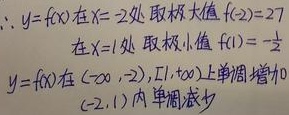
$\therefore y=f(x)$在$x=2$处取极大值$f(2)=27$\\
在$x=1$处取极小值$f(1)=-\frac{1}{2}$\\
$y=f(x)$在$(-\infty,2),(1,+\infty)$上单调增加\\
(2,1)内单调减少